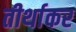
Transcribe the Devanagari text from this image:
तीर्थाकर